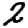
Digit: 2